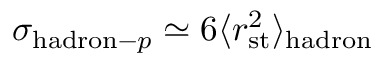
\sigma _ { \mathrm { h a d r o n } - p } \simeq 6 \langle r _ { \mathrm { s t } } ^ { 2 } \rangle _ { \mathrm { h a d r o n } }